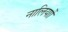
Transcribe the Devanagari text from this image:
नालियाों